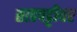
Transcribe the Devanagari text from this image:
ताडपट्टीवर